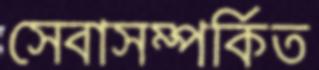
সেবাসম্পর্কিত